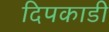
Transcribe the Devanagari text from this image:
दिपकाडी